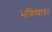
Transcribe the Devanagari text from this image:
भविष्यावर